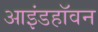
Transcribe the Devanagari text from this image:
आइंडहॉवन